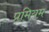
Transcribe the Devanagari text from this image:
प्रमियम